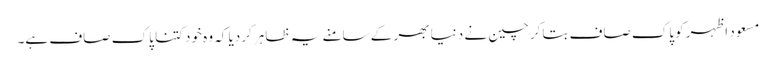
مسعود اظہر کوپاک صاف بتاکر چین نے دنیا بھر کے سامنے یہ ظاہر کردیا کہ وہ خود کتنا پاک صاف ہے۔